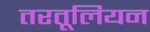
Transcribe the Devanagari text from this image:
तरतूलियन